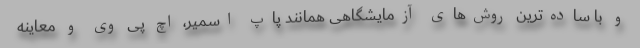
و با ساده‌ترین روش‌های آزمایشگاهی همانند پاپ اسمیر، اچ پی وی و معاینه